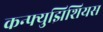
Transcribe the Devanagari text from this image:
कन्फ्युझिशियस